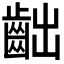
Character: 𪗨